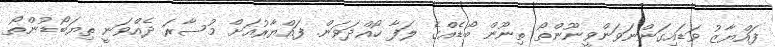
ފައްޔާޒު ވަޑައިގަންނަވަންވީނޫންތޯ ތިނޫން ބޯޑެއްގެ ލަފާ ހޯއްދަވަން. ފައްޔާރުއަށް މުސާރަ ދެއްވަނީ ތިޔަބޯޑުންތޯ